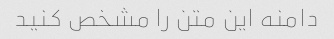
دامنه این متن را مشخص کنید